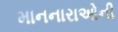
માનનારાઓની